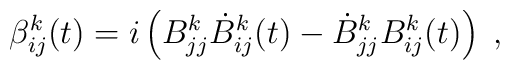
\beta_{ij}^k(t)=i\left(B_{jj}^{k}\dot{B}_{ij}^k(t)-\dot{B}_{jj}^{k}B_{ij}^k(t)\right) \;,